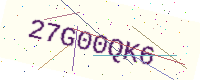
Text: 27G00QK6